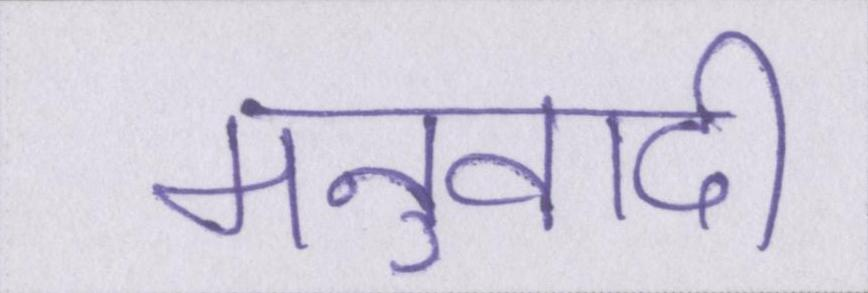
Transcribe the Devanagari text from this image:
मनुवादी